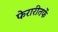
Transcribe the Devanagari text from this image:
फेरारीतर्फे